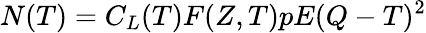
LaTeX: N(T)=C_{L}(T)F(Z,T)pE(Q-T)^{2}